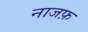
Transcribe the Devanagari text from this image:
नाजफ़